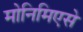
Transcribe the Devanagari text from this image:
मोनिमिएसे